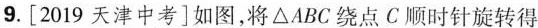
9.[2019天津中考]如图，将\triangle ABC绕点C顺时针旋转得